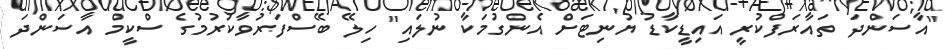
"އާސަންދަ ތައާރަފްކުރީ އައިޑީކާޑު ޔުނިޓަށް އެންގުމަކާ ނުލައި" ހިލޭ ބޭސްފަރުވާކުރުމުގެ ސްކީމް އާސަންދަ